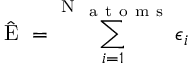
\hat { \mathrm { ~ E ~ } } = \sum _ { i = 1 } ^ { \mathrm { ~ N ~ } _ { \mathrm { ~ a ~ t ~ o ~ m ~ s ~ } } } \epsilon _ { i }